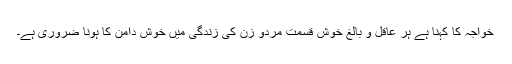
خواجہ کا کہنا ہے ہر عاقل و بالغ خوش قسمت مردو زن کی زندگی میں خوش دامن کا ہونا ضروری ہے۔